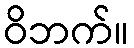
ဝိဘက်။